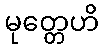
မုတ္တေဟိ